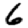
Digit: 6